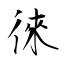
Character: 徠